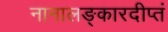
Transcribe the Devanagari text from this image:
नानालङ्कारदीप्तं